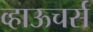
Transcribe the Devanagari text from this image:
व्हाऊचर्स